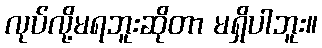
လုပ်လို့မရဘူးဆိုတာ မရှိပါဘူး။